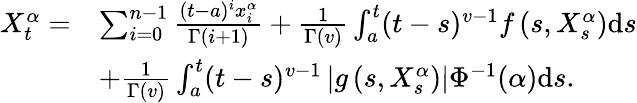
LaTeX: \begin{array}{rl}{X_{t}^{\alpha}=}&{\sum_{i=0}^{n-1}\frac{(t-a)^{i}x_{i}^{\alpha}}{\Gamma(i+1)}+\frac{1}{\Gamma(v)}\int_{a}^{t}(t-s)^{v-1}f\left(s,X_{s}^{\alpha}\right)\mathrm{d}s}\\ &{+\frac{1}{\Gamma(v)}\int_{a}^{t}(t-s)^{v-1}\left|g\left(s,X_{s}^{\alpha}\right)\right|\Phi^{-1}(\alpha)\mathrm{d}s.}\end{array}